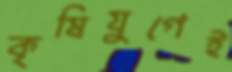
কৃষিযুগেই